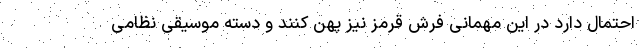
احتمال دارد در این مهمانی فرش قرمز نیز پهن کنند و دسته موسیقی نظامی